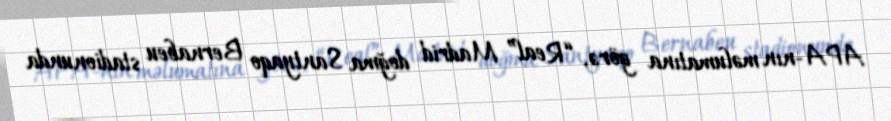
APA-nın məlumatına görə, “Real” Madrid doğma Santyaqo Bernabeu stadionunda